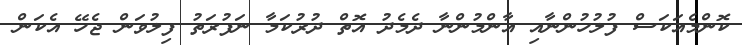
ކޮންމެއަކަސް ފުލުހުންނާއި އާންމުންނާ ދެމެދު އޮތް ދުރުކަމާ ނަފުރަތު ފިލުވަން ޖެހޭ އެކަން